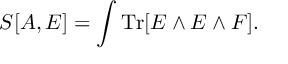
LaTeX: S [ A , E ] = \int \mathrm { T r } [ E \wedge E \wedge F ] .